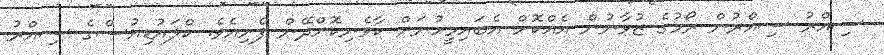
ސިއްރު ސިއްރުން ރޯމުގެ ޒުވާނުން އެއްކޮށް އެބައިމީހުނަށް ކާވެނިކޮށްދޭން ފެށިއެވެ. ކްލައުޑިއުސްގެ ސިއްރު